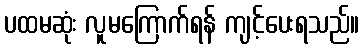
ပထမဆုံး လူမကြောက်ရန် ကျင့်ပေးရသည်။